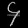
Digit: ၄